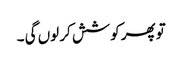
تو پھر کوشش کر لوں گی ۔